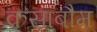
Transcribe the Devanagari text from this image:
कसाबौम